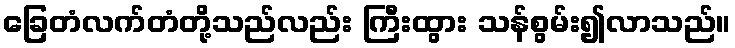
ခြေတံလက်တံတို့သည်လည်း ကြီးထွား သန်စွမ်း၍လာသည်။